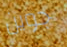
جوين